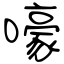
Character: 嚎